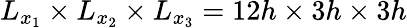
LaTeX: L_{x_{1}}\times L_{x_{2}}\times L_{x_{3}}=12h\times 3h\times 3h